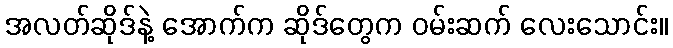
အလတ်ဆိုဒ်နဲ့ အောက်က ဆိုဒ်တွေက ဝမ်းဆက် လေးသောင်း။